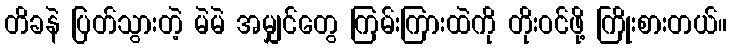
တိခနဲ ပြတ်သွားတဲ့ မဲမဲ အမျှင်တွေ ကြမ်းကြားထဲကို တိုးဝင်ဖို့ ကြိုးစားတယ်။